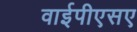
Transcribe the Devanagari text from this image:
वाईपीएसए